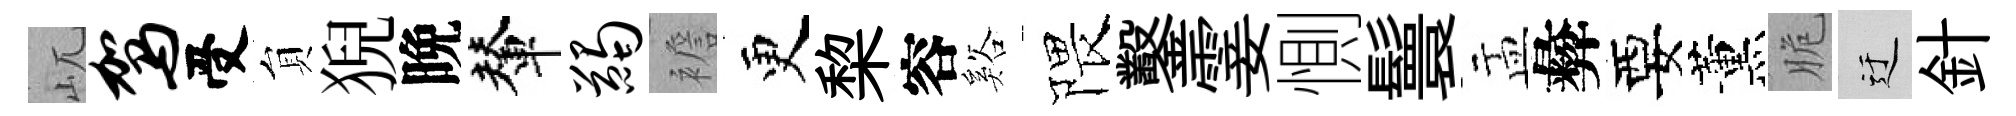
屼驾受貟猊晩輦蠲襜更棃容谿隈鑿霎惻鬟盂彜要薰脆迂針